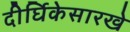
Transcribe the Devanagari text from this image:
दीर्घिकेसारखे